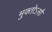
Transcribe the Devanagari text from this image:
मुक्तोऽसौ